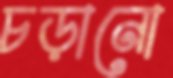
চড়ানো